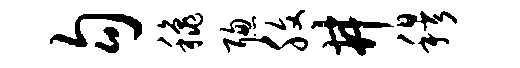
勾秋聪腹井穆